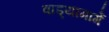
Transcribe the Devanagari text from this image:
वाड्यामार्गे